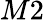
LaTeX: M2